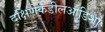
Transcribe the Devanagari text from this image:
दक्षिणेकडीलओडिशा